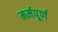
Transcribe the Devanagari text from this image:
मर्मपूर्ण